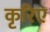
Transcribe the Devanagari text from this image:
कृरिए